Vaccination in Bombay 1869-1873 - 1869-1873
Year: 1869
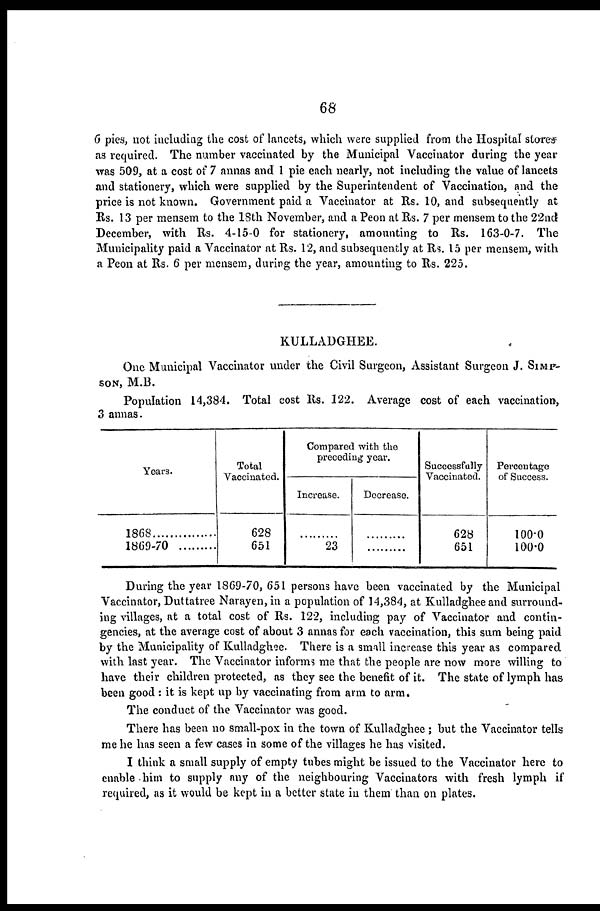
68
6 pies, not including the cost of lancets, which were supplied from the Hospital stores
as required. The number vaccinated by the Municipal Vaccinator during the year
was 509, at a cost of 7 annas and 1 pie each nearly, not including the value of lancets
and stationery, which were supplied by the Superintendent of Vaccination, and the
price is not known. Government paid a Vaccinator at Rs. 10, and subsequently at
Rs. 13 per mensem to the 18th November, and a Peon at Rs. 7 per mensem to the 22nd
December, with Rs. 4-15-0 for stationery, amounting to Rs. 163-0-7. The
Municipality paid a Vaccinator at Rs. 12, and subsequently at Rs. 15 per mensem, with
a Peon at Rs. 6 per mensem, during the year, amounting to Rs. 225.
KULLADGHEE.
One Municipal Vaccinator under the Civil Surgeon, Assistant Surgeon J. SIMP¬
---, M.B.
Population 14,384. Total cost Rs. 122. Average cost of each vaccination,
3 annas.
Years.
1868 ............
1869-70
Total
Vaccinated.
628
651
Compared with the
preceding year.
Increase.
...........
23
Decrease.
...........
...........
Successfully
Vaccinated.
628
651
Percentage
of Success.
100.0
100.0
During the year 1869-70, 651 persons have been vaccinated by the Municipal
Vaccinator, Duttatree Narayen,in a population of 14,384, at Kulladghee and surround-
ing villages, at a total cost of Rs. 122, including pay of Vaccinator and contin-
gencies, at the average cost of about 3 annas for each vaccination, this sum being paid
by the Municipality of Kulladghee. There is a small increase this year as compared
with last year. The Vaccinator informs me that the people are now more willing to
have their children protected, as they see the benefit of it. The state of lymph has
been good : it is kept up by vaccinating from arm to arm.
The conduct of the Vaccinator was good.
There has been no small-pox in the town of Kulladghee ; but the Vaccinator tells
me he has seen a few cases in some of the villages he has visited.
I think a small supply of empty tubes might be issued to the Vaccinator here to
enable him to supply any of the neighbouring Vaccinators with fresh lymph if
required, as it would be kept in a better state in them than on plates.